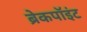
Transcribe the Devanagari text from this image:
ब्रेकपॉइंट